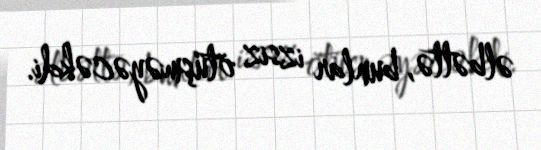
əlbəttə, bunlar izsiz ötüşməyəcəkdi.